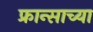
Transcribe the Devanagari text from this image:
फ्रान्साच्या